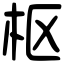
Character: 枢